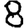
Digit: 8